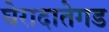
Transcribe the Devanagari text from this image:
घेरादातेगड